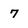
Character: 7